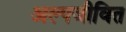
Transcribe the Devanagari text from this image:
अल्पजीवित